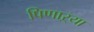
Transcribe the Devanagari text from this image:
पिणाऱ्या